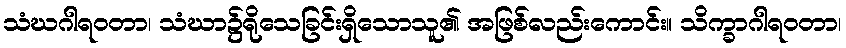
သံဃဂါရဝတာ၊ သံဃာ၌ရိုသေခြင်းရှိသောသူ၏ အဖြစ်လည်းကောင်း။ သိက္ခာဂါရဝတာ၊